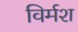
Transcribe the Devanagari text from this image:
विर्मश